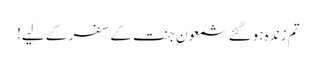
تم زندہ ہوگئے شمعون جنت کے سفر کے لیے!